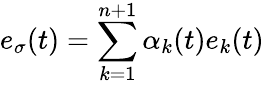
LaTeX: e_{\sigma}(t)=\sum_{k=1}^{n+1}\alpha_{k}(t)e_{k}(t)